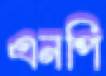
এনপি